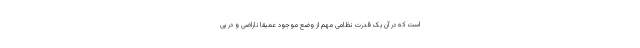
است که در آن یک قدرت نظامی مهم از وضع موجود عمیقا ناراضی و در پی